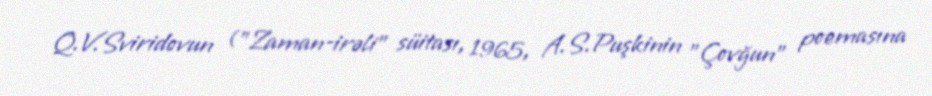
Q.V.Sviridovun ("Zaman-irəli" süitası, 1965, A.S.Puşkinin "Çovğun" poemasına